Tezpur Lunatic Asylum reports 1877-1894 - 1877-1894
Year: 1877
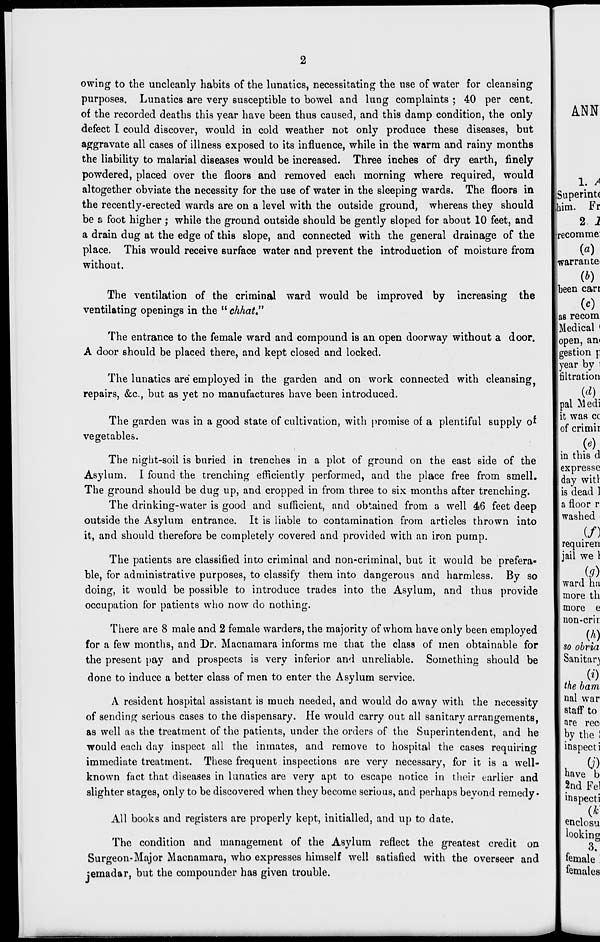
owing to the uncleanly habits of the lunatics, necessitating the use of water for cleansing
purposes. Lunatics are very susceptible to bowel and lung complaints ; 40 per cent,
of the recorded deaths this year have been thus caused, and this damp condition, the only
defect I could discover, would in cold weather not only produce these diseases, but
aggravate all cases of illness exposed to its influence, while in the warm and rainy months
the liability to malarial diseases would be increased. Three inches of dry earth, finely
powdered, placed over the floors and removed each morning where required, would
altogether obviate the necessity for the use of water in the sleeping wards. The floors in
the recently-erected wards are on a level with the outside ground, whereas they should
be a foot higher ; while the ground outside should be gently sloped for about 10 feet, and
a drain dug at the edge of this slope, and connected with the general drainage of the
place. This would receive surface water and prevent the introduction of moisture from
without.
The ventilation of the criminal ward would be improved by increasing the
ventilating openings in the " chhat"
The entrance to the female ward and compound is an open doorway without a door.
A door should be placed there, and kept closed and locked.
The lunatics are employed in the garden and on work connected with cleansing^
repairs, &c, but as yet no manufactures have been introduced.
The garden was in a good state of cultivation, with promise of a plentiful supply of
vegetables.
The night-soil is buried in trenches in a plot of ground on the east side of the
Asylum. I found the trenching efficiently performed, and the place free from smell.
The ground should be dug up, and cropped in from three to six months after trenching.
The drinking-water is good and sufficient, and obtained from a well 46 feet deep
outside the Asylum entrance. It is liable to contamination from articles thrown into
it, and should therefore be completely covered and provided with an iron purnp.
The patients are classified into criminal and non-criminal, but it would be prefera-
ble, for administrative purposes, to classify them into dangerous and harmless. By so
doing, it would be possible to introduce trades into the Asylum, and thus provide
occupation for patients who now do nothing.
There are 8 male and 2 female warders, the majority of whom have only been employed
for a few months, and Dr. Macnamara informs me that the class of men obtainable for
the present pay and prospects is very inferior and unreliable. Something should be
done to induce a better class of men to enter the Asylum service.
A resident hospital assistant is much needed, and would do away with the necessity
of sending serious cases to the dispensary. He would carry out all sanitary arrangements,
as well as the treatment of the patients, under the orders of the Superintendent, and he
would each day inspect all the inmates, and remove to hospital the cases requiring
immediate treatment. These frequent inspections are very necessary, for it is a well-
known fact that diseases in lunatics are very apt to escape notice in their earlier and
slighter stages, only to be discovered when they become serious, and perhaps beyond remedy •
All books and registers are properly kept, initialled, and up to date.
The condition and management of the Asylum reflect the greatest credit on
Surgeon-Major Macnamara, who expresses himself well satisfied with the overseer and
jemadar, but the compounder has given trouble.
ANN
1. A
;Superint(
him. Fr
2 1
•recomme:
(a)
warrante-
(*)
been can
00
as recom
Medical '
open, ant
gestion r,
year by i
filtration
(d)
pal Medi
jit was cc
of crimii
in this d
expresse
day witl
is dead 1
a floor r
washed
requiren
jail we 1
(9)
ward ha
more th
more e
non-crir
(A)
so obvia
Sanitar)
(i)
the bam
nal war
staff to
fire rec<
by the !
inspect]
.
(?)
nave b
2nd Fel
inspecti
(*'
enclosu
looking
3.
female
females